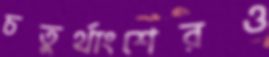
চতুর্থাংশেরও